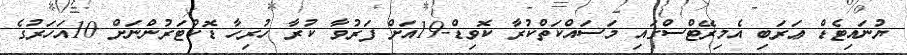
ޔުނައިޓެޑް ޢަރަބި އެމިރޭޓްސްގައި މަސައްކަތްކުރާ ކޮވިޑް-19އަށް ފަރުވާ ކުރާ ހުރިހާ ޑޮކްޓަރުންނަށް 10އަހަރުގެ